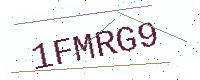
Text: 1FMRG9